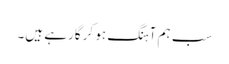
سب ہم آہنگ ہو کر گارہے ہیں۔